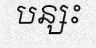
បន្សះ